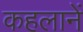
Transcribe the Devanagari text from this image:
कहलानें